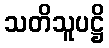
သတိသူပဋ္ဌိ